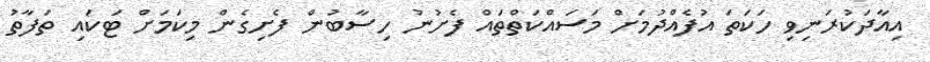
އިއާދަކުރަނިވި ހަކަތަ އުފެއްދުމަށް މަސައްކަތްތައް ފެށުނު ހިސާބުން ފެށިގެން މިކަމަށް ޓަކައި ތަފާތު